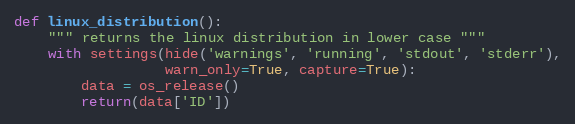
Language: Python
def linux_distribution():
    """ returns the linux distribution in lower case """
    with settings(hide('warnings', 'running', 'stdout', 'stderr'),
                  warn_only=True, capture=True):
        data = os_release()
        return(data['ID'])